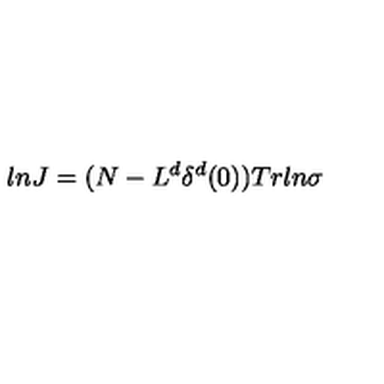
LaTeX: l n J = ( N - L ^ { d } \delta ^ { d } ( 0 ) ) T r l n \sigma